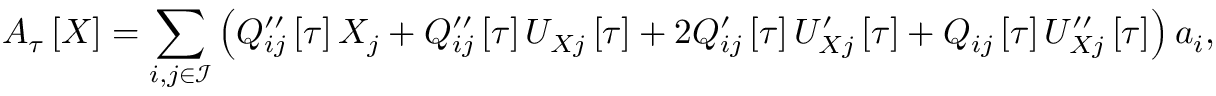
\boldsymbol { A } _ { \u { \tau } } \left[ \boldsymbol { X } \right] = \sum _ { i , j \in \mathcal { I } } \left( Q _ { i j } ^ { \prime \prime } \left[ \tau \right] X _ { j } + Q _ { i j } ^ { \prime \prime } \left[ \tau \right] U _ { X j } \left[ \tau \right] + 2 Q _ { i j } ^ { \prime } \left[ \tau \right] U _ { X j } ^ { \prime } \left[ \tau \right] + Q _ { i j } \left[ \tau \right] U _ { X j } ^ { \prime \prime } \left[ \tau \right] \right) \boldsymbol { a } _ { i } ,